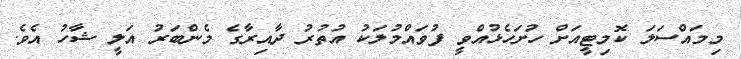
މިމައްސަލަ ކޮމިޓީއަށް ހުށަހެޅުއްވީ ފުވައްމުލަކު އުތުރު ދާއިރާގެ މެންބަރު އަލީ ޝާހު އެވެ.